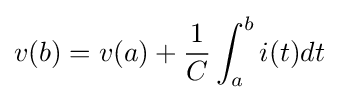
v(b)=v(a)+{\frac {1}{C}}\int _{a}^{b}i(t)dt